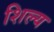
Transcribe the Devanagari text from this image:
शिल्य